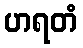
ဟရတံ